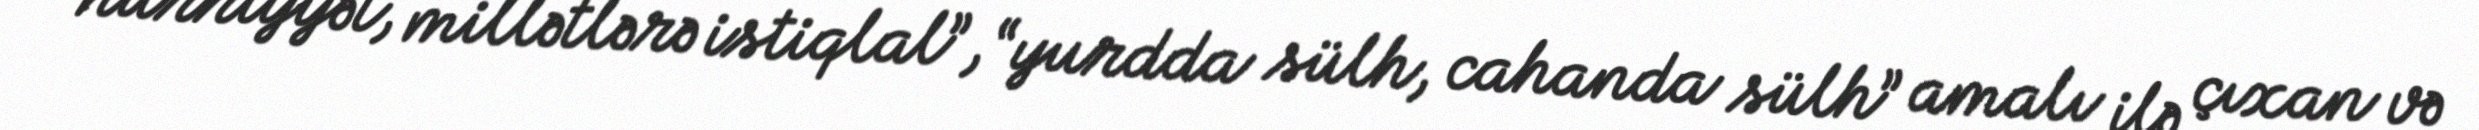
hürriyyət, millətlərə istiqlal”, “yurdda sülh, cahanda sülh” amalı ilə çıxan və